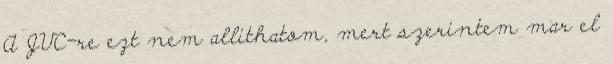
A JVC-re ezt nem allithatom, mert szerintem mar el